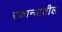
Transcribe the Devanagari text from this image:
रकान्यातील